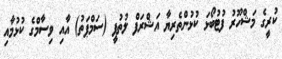
ކުރީގެ މަޝްހޫރު ފުޓުބޯޅަ ކުޅުންތެރިޔާ އަޝްރަފް ލުތުފީ (ސަމްޕަތު) އާއި ވިސާމްގެ ކުޅުމާއި